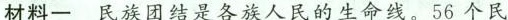
材料一 民族团结是各族人民的生命线。56个民